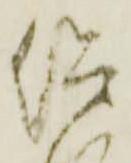
仰